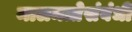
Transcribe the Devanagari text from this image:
मालमत्तेसंबंधी